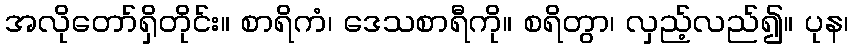
အလိုတော်ရှိတိုင်း။ စာရိကံ၊ ဒေသစာရီကို။ စရိတွာ၊ လှည့်လည်၍။ ပုန၊